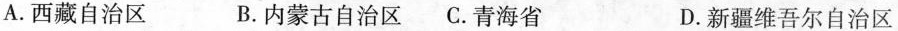
A. 西藏自治区 B. 内蒙古自治区 C. 青海省 D. 新疆维吾尔自治区